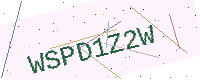
Text: WSPD1Z2W